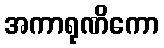
အကာရုဏိကော